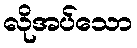
လိုအပ်သော